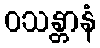
ဝသန္တာနံ